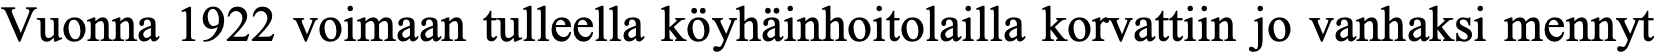
Vuonna 1922 voimaan tulleella köyhäinhoitolailla korvattiin jo vanhaksi mennyt